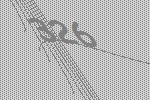
326